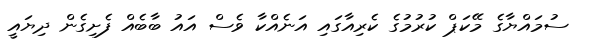
ސުމައްޔާގެ މޭކަޕް ކުރުމުގެ ކެރިއާގައި އަނެއްކާ ވެސް އައު ބާބެއް ފެށިގެން ދިޔައީ